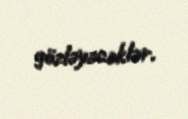
gözləyəcəklər.